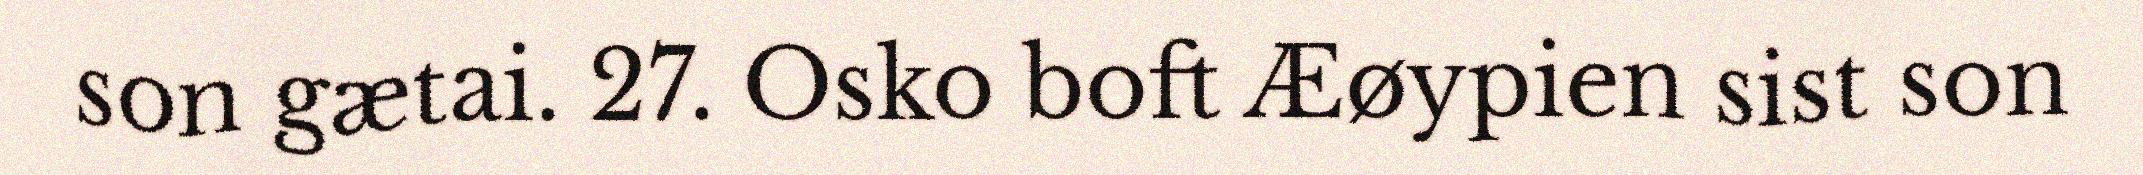
son gætai. 27. Osko boft Æøypien sist son